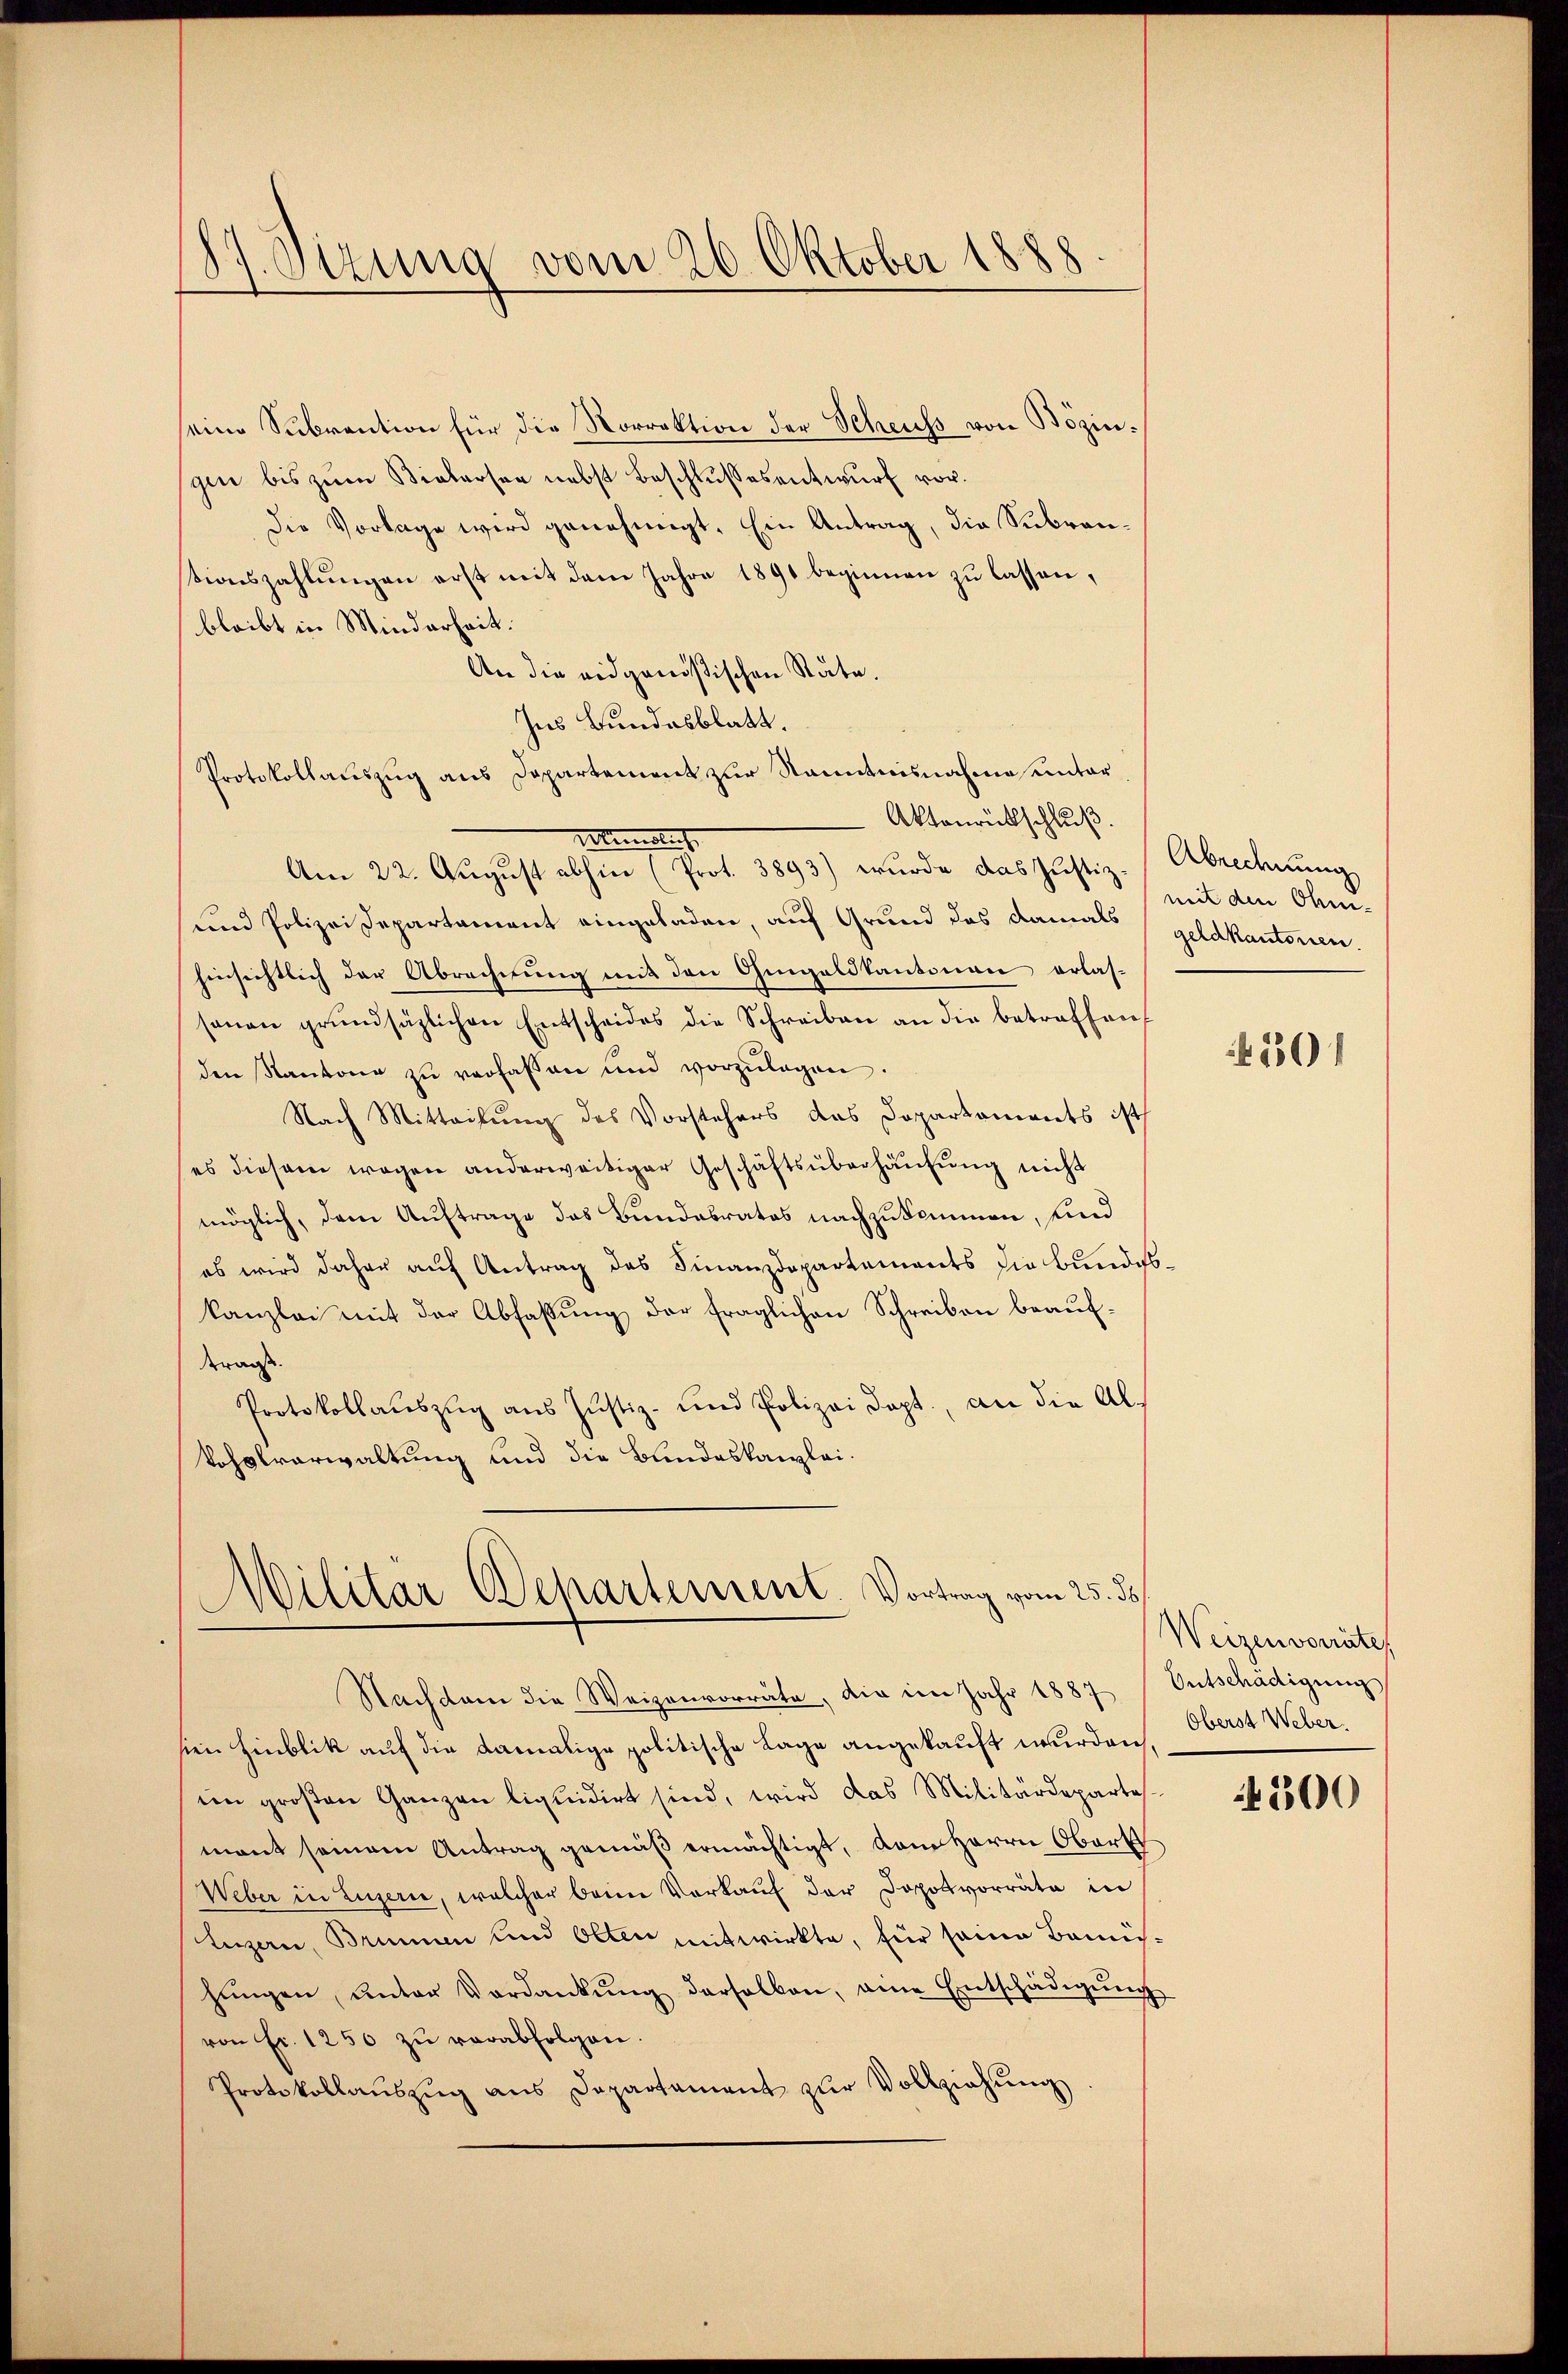
87. Sizung vom 26. Oktober 1888

seine Subvention für die Norrektion der Scheuss von Bözingen bis zum Bielersee nebst Beschlussesentwurf vor.
die Vorlage wird genehmigt. Ein Antrag, die Subrantionszahlungen erst mit dem Jahre 1891 beginnen zu lassen,
bleibt in Minderheit.
An die eidgenößischen Stäte.
Ins Bundesblatt.
Protokollauszug aus Departement zur Kenntnisnahme unter
Aktenrückschluß.
und Polizei Departament eingeladen, auf Grund das damals
hinsichtlich der Abrechnung mit den Gingeldkantonen erlas-
sanen grŭndsäzlichen Entscheides die Schreiben an die betreffen
den Kantone zŭ verfassen und vorzŭlagen.
Nach Mitteilung des Vorstehers des Dopartaments ist
ses diesem wegen anderweitiger Geschäftsüberhausung nicht
möglich, dem Auftrage das Bundesrates nachzukommen, und
es wird daher auf Antrag des Finanzdepartements die Bundeskanzlei mit der Abfassung der fraglichen Schreiben beaufderaus.
Protokollaŭszŭg aŭs Jŭstiz- und Polizei dopt, an die Al-
Vohslverwaltung und die Bundeskanzlei¬

Meiste
Am 22. August abhin (Prot. 3893) wurde das Justiz-

Militar Departement. Vortrag vom 25. ds

Nachdem die Weizenvorräte, die im Jahr 1887 (Entschädigŭng
sien Hinblik auf die damalige politische Lage angekauft wurden.
im großen Ganzen liquidirt sind, wird das Militärdepartes.
mant seinem Antrag gemäβ ermächtigt, dem Herrn Obert
Weber in Luzern, welcher beim Verkaŭf der Dopolvorräte in
Luzern, Brunnen und Olten mitwirkte, für seine Bemühŭngen, ŭnter Verdankŭng derselben, eine Entschädigŭng
von Fr. 1250 zŭ verabfolgen.
Protokollaŭszŭg aŭs Departament zŭr Vollziehŭng

Abrechnung
mit den Ohm-
geldkantonen.

391

Weizenvorräte
Oberst Weber.

4300